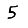
Digit: 5